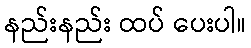
နည်းနည်း ထပ် ပေးပါ။